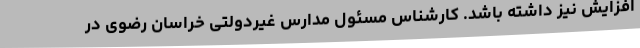
افزایش نیز داشته باشد. کارشناس مسئول مدارس غیردولتی خراسان رضوی در